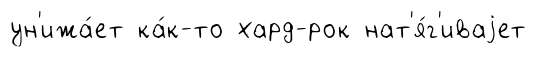
ун'ижа́ет ка́к-то хард-рок нат'я́г'иваjет